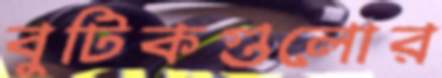
বুটিকগুলোর